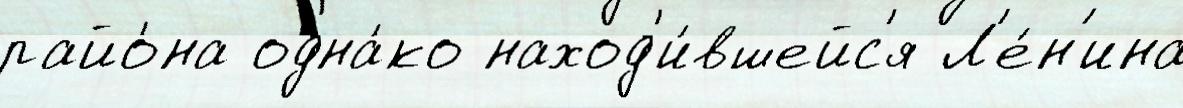
райо́на одна́ко наход'и́вшейс'я Л'е́н'ина